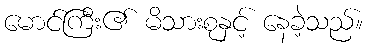
မောင်ကြီး၏ မိသားစုနှင့် နေခဲ့သည်။